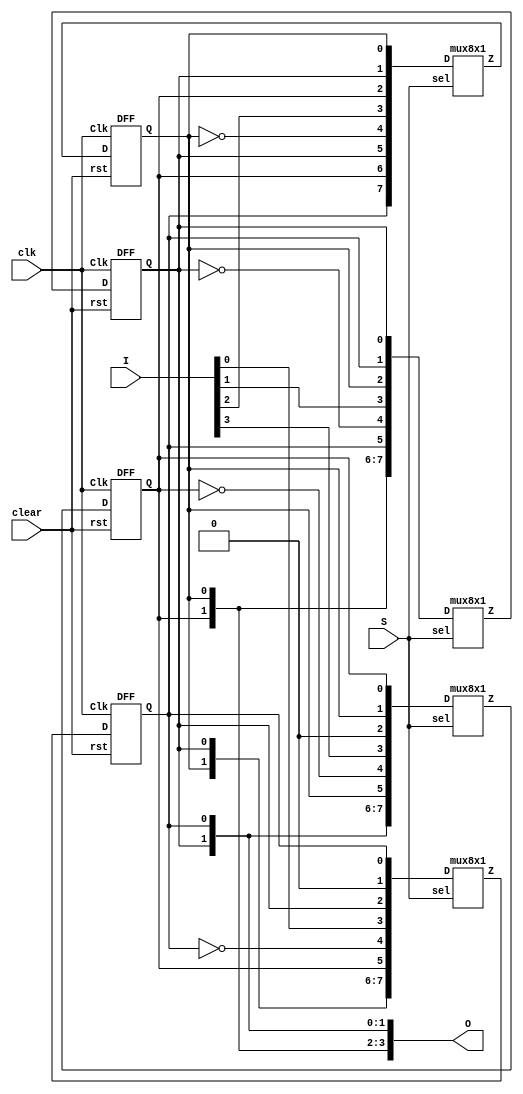
`timescale 1ns / 1ps
//////////////////////////////////////////////////////////////////////////////////
// Company: 
// Engineer: 
// 
// Design Name: 
// Module Name:    universal_shift_reg 
// Project Name: 
// Target Devices: 
// Tool versions: 
// Description: 
//
// Dependencies: 
//
// Revision: 
// Revision 0.01 - File Created
// Additional Comments: 
//
//////////////////////////////////////////////////////////////////////////////////
module universal_shift_reg(clear,clk,I,S,O);

input clear, clk;
input [3:0] I;
input [2:0] S;
output [3:0]O;

wire [31:0] w;
wire [3:0] mux_out;

DFF d1(O[0], mux_out[0], clk, clear);
DFF d2(O[1], mux_out[1], clk, clear);
DFF d3(O[2], mux_out[2], clk, clear);
DFF d4(O[3], mux_out[3], clk, clear);

mux8x1 m1(w[7:0], S, mux_out[0]);
mux8x1 m2(w[15:8], S, mux_out[1]);
mux8x1 m3(w[23:16], S, mux_out[2]);
mux8x1 m4(w[31:24], S, mux_out[3]);

assign L = O[3];
assign R = O[0];

assign w[0] = R;
assign w[1] = 0;
assign w[2] = O[1];
assign w[3] = I[0];
assign w[4] = (~R);
assign w[5] = L;
assign w[6] = O[1];
assign w[7] = O[2];
assign w[8] = O[1];
assign w[9] = O[0];
assign w[10] = O[2];
assign w[11] = I[1];
assign w[12] = (~O[1]);
assign w[13] = O[0];
assign w[14] = O[2];
assign w[15] = O[3];
assign w[16] = O[2];
assign w[17] = O[1];
assign w[18] = O[3];
assign w[19] = I[2];
assign w[20] = (~O[2]);
assign w[21] = O[1];
assign w[22] = O[3];
assign w[23] = O[0];
assign w[24] = O[3];
assign w[25] = O[2];
assign w[26] = 0;
assign w[27] = I[3];
assign w[28] = (~O[3]);
assign w[29] = O[2];
assign w[30] = R;
assign w[31] = O[1];

endmodule






module DFF ( output reg Q, input D, input Clk, input rst);
always @ ( posedge Clk )
if (rst) Q <= 1'b0; // Same as: if (rst == 0)
else Q <= D;

endmodule

module mux8x1(D, sel, Z);

input [7:0] D;
input [2:0] sel;
output reg Z;

always @ (*)
begin
case(sel)
3'b000 : Z=D[0];
3'b001 : Z=D[1];
3'b010 : Z=D[2];
3'b011 : Z=D[3];
3'b100 : Z=D[4];
3'b101 : Z=D[5];
3'b110 : Z=D[6];
3'b111 : Z=D[7];
endcase
end

endmodule